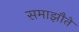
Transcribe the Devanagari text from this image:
समाझौते